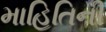
માહિતિની